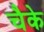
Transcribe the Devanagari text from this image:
चैके